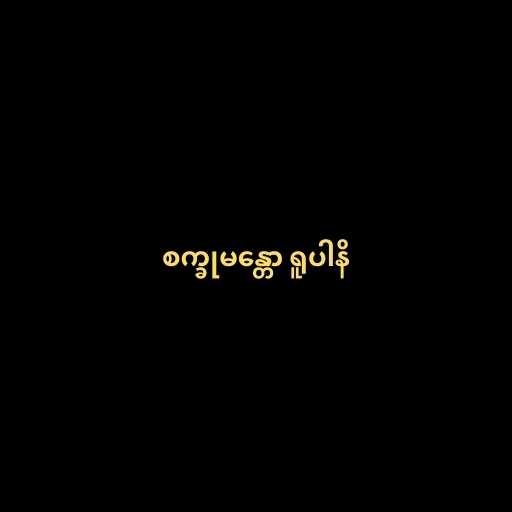
စက္ခုမန္တော ရူပါနိ